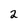
Character: 2